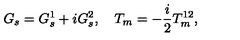
G _ { s } = G _ { s } ^ { 1 } + i G _ { s } ^ { 2 } , \quad T _ { m } = - \frac { i } { 2 } T _ { m } ^ { 1 2 } ,